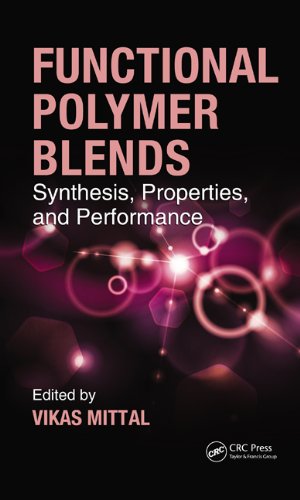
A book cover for Functional Polymer Blends: Synthesis, Properties, and Performance; Crafts, Hobbies & Home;